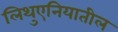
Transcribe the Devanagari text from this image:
लिथुएनियातील